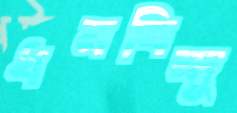
ধনবিন্দু